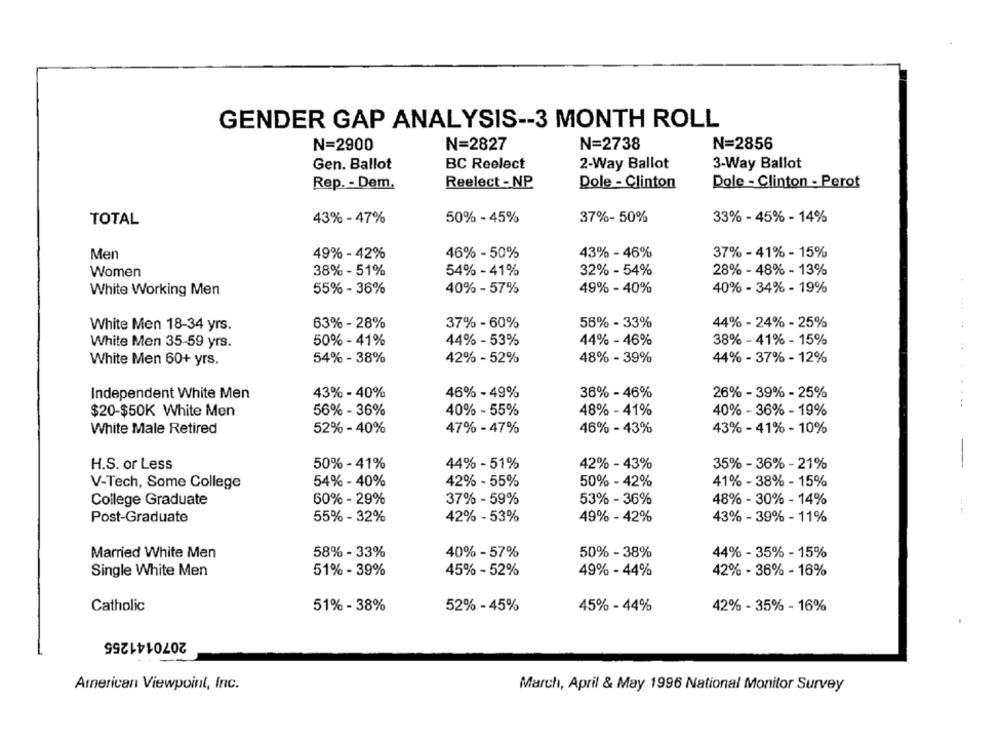
GENDER GAP ANALYSIS -- 3 MONTH ROLL
N=2900
N=2827
N=2738
N=2856
BC Reelect
Gen. Ballot
2-Way Ballot
3-Way Ballot
Rep. - Dem.
Reelect - NP.
Dole - Clinton
Dole - Clinton - Perot
TOTAL
43% - 47%
50% - 45%
37%- 50%
33% - 45% - 14%
Men
49% - 42%
46% - 50%
43% - 46%
37% - 41% - 15%
Women
38% - 51%
54% - 41%
32% - 54%
28% - 48% - 13%
55% - 36%
40% - 57%
49% - 40%
40% - 34% - 19%
White Working Men
White Men 18-34 yrs.
63% - 28%
37% - 60%
56% - 33%
44% - 24% - 25%
50% - 41%
44% - 53%
44% - 46%
38% - 41% - 15%
White Men 35-59 yrs.
White Men 60+ yrs.
54% - 38%
42% - 52%
48% - 39%
44% - 37% - 12%
43% - 40%
46% - 49%
36% - 46%
26% - 39% - 25%
Independent White Men
$20-$50K White Men
56% - 36%
40% - 55%
48% - 41%
40% - 36% - 19%
White Male Retired
52% - 40%
47% - 47%
46% - 43%
43% - 41% - 10%
H.S. or Less
50% - 41%
44% - 51%
42% - 43%
35% - 36% - 21%
-
54% - 40%
42% - 55%
50% - 42%
41% - 38% - 15%
V-Tech, Some College
College Graduate
60% - 29%
37% - 59%
53% - 36%
48% - 30% - 14%
Post-Graduate
55% - 32%
42% - 53%
49% - 42%
43% - 39% - 11%
Married White Men
58% - 33%
40% - 57%
50% - 38%
44% - 35% - 15%
Single White Men
51% - 39%
45% - 52%
49% - 44%
42% - 36% - 16%
Catholic
51% - 38%
52% - 45%
45% - 44%
42% - 35% - 16%
2070141255
American Viewpoint, Inc.
March, April & May 1996 National Monitor Survey